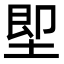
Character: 堲